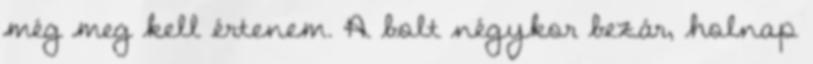
még meg kell értenem. A bolt négykor bezár, holnap